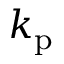
k _ { \mathrm { p } }